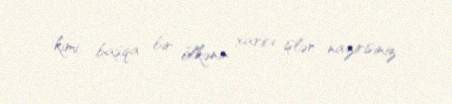
kimi başqa bir ölkənin xarici işlər nazirisiniz.